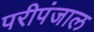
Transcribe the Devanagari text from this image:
परीपंजाल